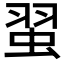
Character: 𫊼